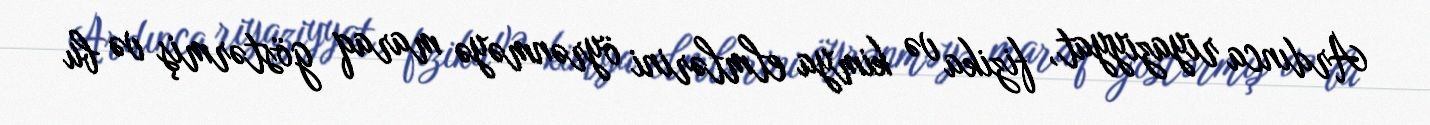
Ardınca riyaziyyat, fizika və kimya elmlərini öyrənməyə maraq göstərmiş və bu